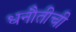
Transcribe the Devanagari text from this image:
धनौतीची